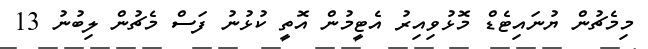
މިމެޗުން ޔުނައިޓެޑް މޮޅުވިއިރު އެޓީމުން އޮތީ ކުޅުނު ފަސް މެޗުން ލިބުނު 13